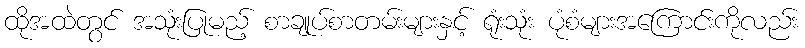
ထိုအထဲတွင် အသုံးပြုမည့် စာချုပ်စာတမ်းများနှင့် ရုံးသုံး ပုံစံများအကြောင်းကိုလည်း